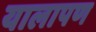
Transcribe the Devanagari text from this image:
यालापण